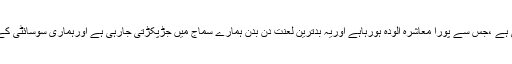
انہیں میں سے ایک زناکاری بھی ہے ،جس سے پورا معاشرہ آلودہ ہورہاہے اوریہ بدترین لعنت دن بدن ہمارے سماج میں جڑپکڑتی جارہی ہے اورہماری سوسائٹی کے لئے بدنمادھبہ ثابت ہورہی ہے۔